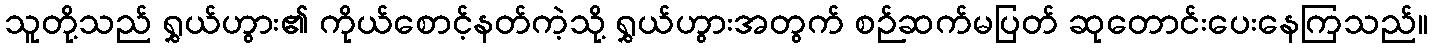
သူတို့သည် ရွှယ်ဟွား၏ ကိုယ်စောင့်နတ်ကဲ့သို့ ရွှယ်ဟွားအတွက် စဉ်ဆက်မပြတ် ဆုတောင်းပေးနေကြသည်။